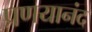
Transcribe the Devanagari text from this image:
प्रणयानंद